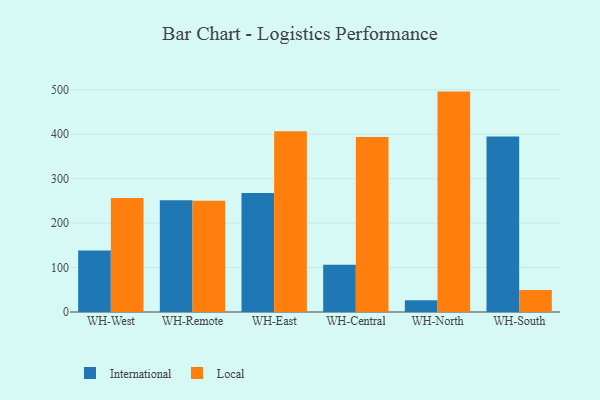
{"axis": {"x": "Warehouse", "y": "Gross Profit (USD K)"}, "legend": ["International", "Local"], "data": [{"x": "WH-West", "y": 138.2, "type": "International"}, {"x": "WH-West", "y": 256.3, "type": "Local"}, {"x": "WH-Remote", "y": 251.5, "type": "International"}, {"x": "WH-Remote", "y": 250.2, "type": "Local"}, {"x": "WH-East", "y": 267.7, "type": "International"}, {"x": "WH-East", "y": 406.8, "type": "Local"}, {"x": "WH-Central", "y": 106.5, "type": "International"}, {"x": "WH-Central", "y": 393.8, "type": "Local"}, {"x": "WH-North", "y": 26.5, "type": "International"}, {"x": "WH-North", "y": 495.9, "type": "Local"}, {"x": "WH-South", "y": 394.7, "type": "International"}, {"x": "WH-South", "y": 49.6, "type": "Local"}]}